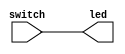
`timescale 1ns / 1ps

// Jonah Meggs 2022
// Jonah's Guide to Verilog Chapter 2 - vectors3.v
// Example use of a vector


module vectors3(
	input [5:0] switch,
	output [5:0] led
    );

assign led[1:0] = switch[1:0];
assign led[5:2] = switch[5:2];

endmodule